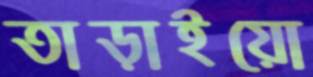
তাড়াইয়ো